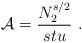
LaTeX: \begin{align*}{\cal A}=\frac{N_2^{s/2}}{stu}\ .\end{align*}